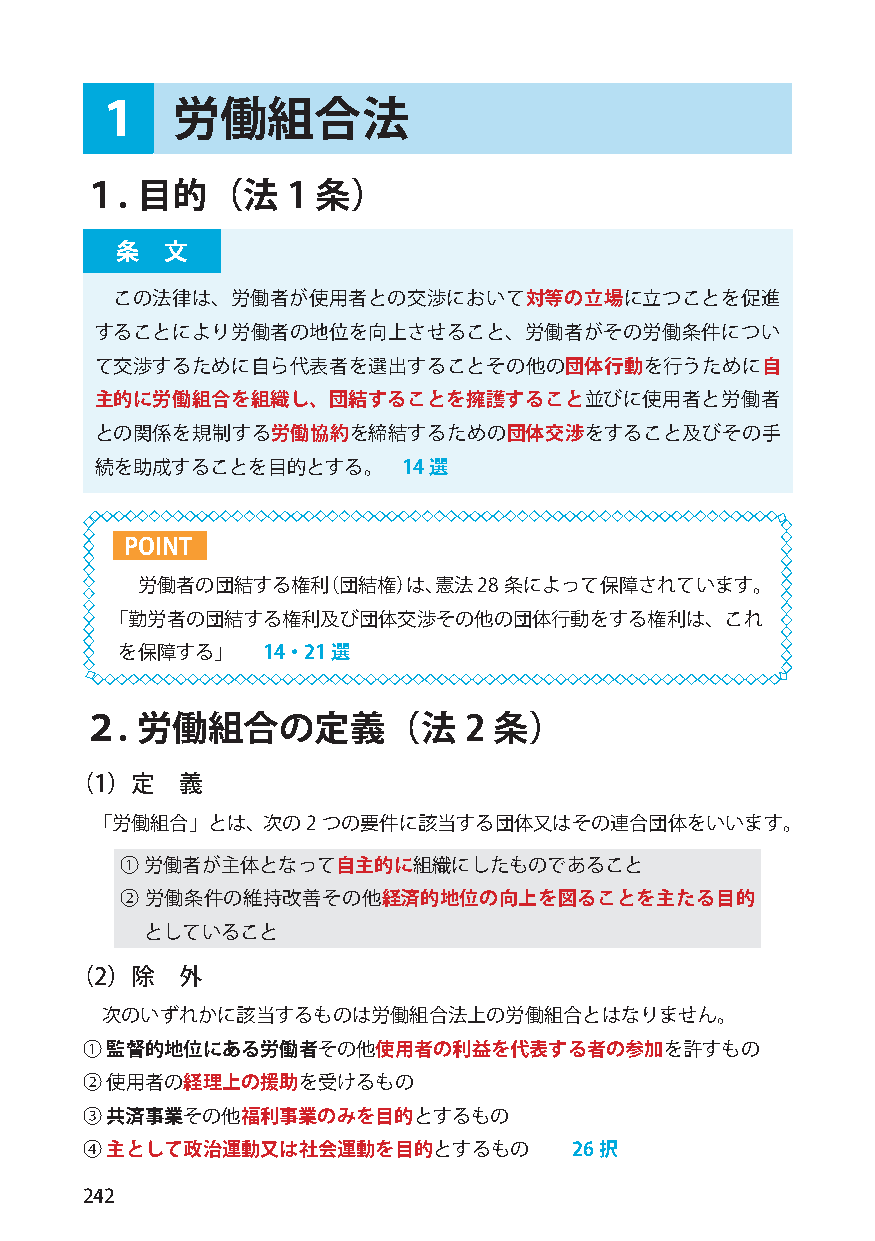
１    労働組合法
 １.  目的（法      1 条）
 条  文
 この法律は、労働者が使用者との交渉において対等の立場に立つことを促進
 することにより労働者の地位を向上させること、労働者がその労働条件につい
 て交渉するために自ら代表者を選出することその他の団体行動を行うために自
 主的に労働組合を組織し、団結することを擁護すること並びに使用者と労働者
 との関係を規制する労働協約を締結するための団体交渉をすること及びその手
 続を助成することを目的とする。      14選
 POINT
 労働者の団結する権利（団結権）は、憲法28   条によって保障されています。
 「勤労者の団結する権利及び団体交渉その他の団体行動をする権利は、これ
 を保障する」   14・21選
 ２.  労働組合の定義（法             2 条）
 （1）定   義
 「労働組合」とは、次の2   つの要件に該当する団体又はその連合団体をいいます。
 ① 労働者が主体となって自主的に組織にしたものであること
 ② 労働条件の維持改善その他経済的地位の向上を図ることを主たる目的
 としていること
 （2）除   外
 次のいずれかに該当するものは労働組合法上の労働組合とはなりません。
 ① 監督的地位にある労働者その他使用者の利益を代表する者の参加を許すもの
 ② 使用者の経理上の援助を受けるもの
 ③ 共済事業その他福利事業のみを目的とするもの
 ④ 主として政治運動又は社会運動を目的とするもの         26択
 242